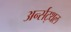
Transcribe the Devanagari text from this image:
अर्न्सट्थल